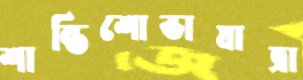
শান্তিশোভাযাত্রা